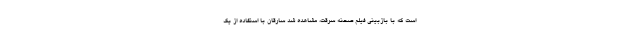
است که با بازبینی فیلم صحنه سرقت، مشاهده شد سارقان با استفاده از یک